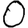
Digit: 0